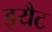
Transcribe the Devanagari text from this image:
इयैट